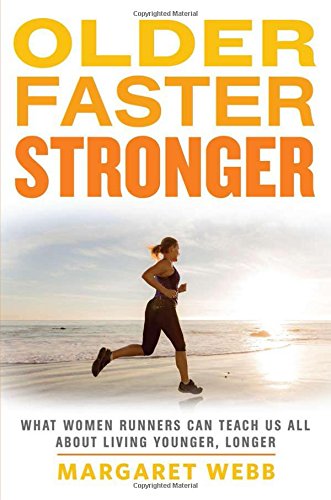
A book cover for Older, Faster, Stronger: What Women Runners Can Teach Us All About Living Younger, Longer; Margaret Webb; Health, Fitness & Dieting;